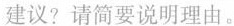
建议?请简要说明理由